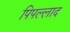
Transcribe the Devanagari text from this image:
पिपल्लाद